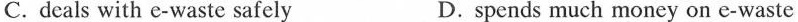
C. deals with e-waste safely D. spends much money on e-waste